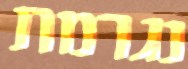
נגרמת